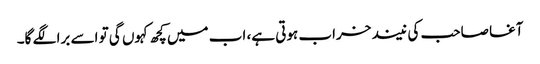
آغا صاحب کی نیند خراب ہوتی ہے، اب میں کچھ کہوں گی تو اسے برا لگے گا۔